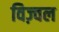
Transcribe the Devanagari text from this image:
विज़्वल